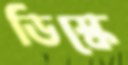
ডিস্কে